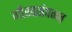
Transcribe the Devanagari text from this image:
गौरवसंपन्न